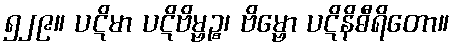
၅၂၉။ ပဋိမာ ပဋိဗိမ္ဗဉ္စ၊ ဗိမ္ဗော ပဋိနိဓီရိတော။